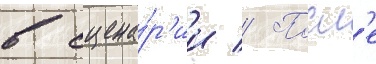
в сцена́р'ии // Посл'е